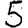
Digit: 5